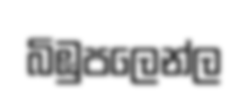
බිඹුපලෙන්ල